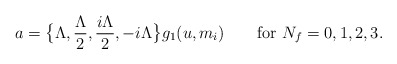
\begin{align*}a=\big\{\Lambda,\frac{\Lambda}{2},\frac{i\Lambda}{2},-i\Lambda\big\}g_1(u,m_i)\qquad\mbox{for }N_f=0,1,2,3.\end{align*}